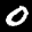
Label: 0